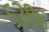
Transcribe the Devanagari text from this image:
५२८६